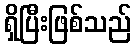
ရှိပြီးဖြစ်သည်